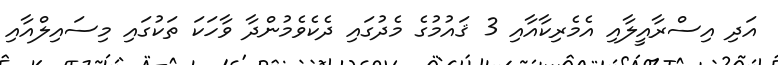
އަދި އިސްރާއީލާއި އެމެރިކާއާއި 3 ޤައުމުގެ މެދުގައި ދެކެވެމުންދާ ވާހަކަ ތަކުގައި މިސައިލްއާއި